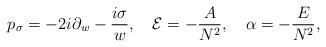
LaTeX: \begin{align*}p_\sigma= -2i\partial_w -\frac{i\sigma}{w},\quad {\cal E}=-\frac{A}{N^2},\quad \alpha= -\frac{E}{N^2} ,\end{align*}